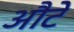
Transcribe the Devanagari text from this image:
औटे